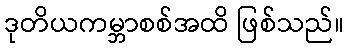
ဒုတိယကမ္ဘာစစ်အထိ ဖြစ်သည်။